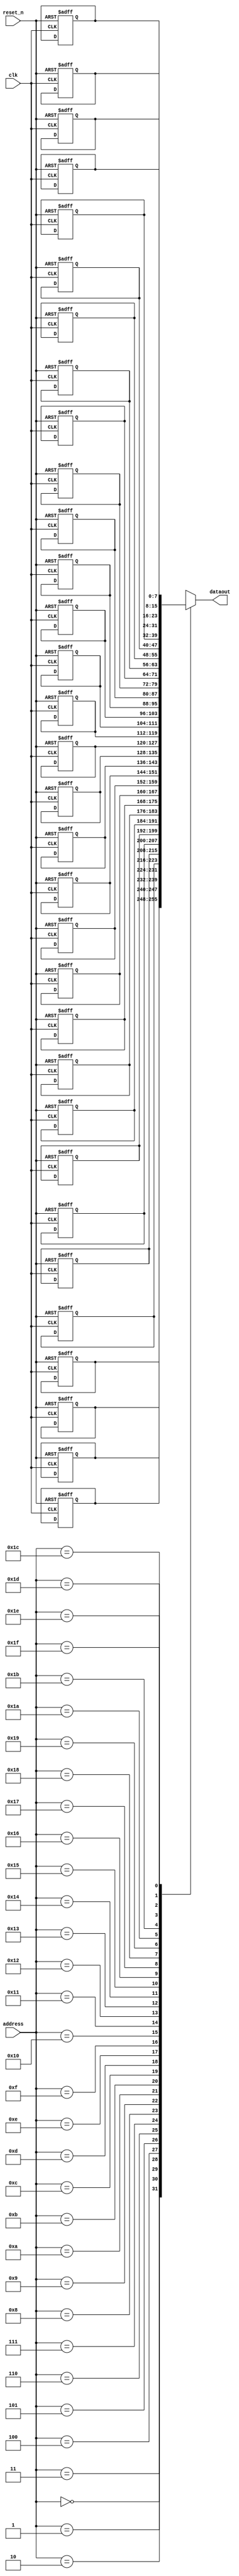
module LookUpTable( 
			clk,
			reset_n,
			address,

			dataout,
);

	input            clk;
	input            reset_n;
	input  [ 4 : 0 ] address;

	output [ 7 : 0 ] dataout;

	reg    [ 7 : 0 ] LUT     [ 0 : 31 ];
	
	always @( posedge clk or negedge reset_n )
	begin
		if( !reset_n )
		begin
			//C
		LUT[ 0 ] <= 8 'd 127;
		LUT[ 1 ] <= 8 'd 152;
		LUT[ 2 ] <= 8 'd 176;
		LUT[ 3 ] <= 8 'd 198;
		LUT[ 4 ] <= 8 'd 217;
		LUT[ 5 ] <= 8 'd 233;
		LUT[ 6 ] <= 8 'd 245;
		LUT[ 7 ] <= 8 'd 252;
		LUT[ 8 ] <= 8 'd 255;
		LUT[ 9 ] <= 8 'd 252;
		LUT[ 10 ] <= 8 'd 245;
		LUT[ 11 ] <= 8 'd 233;
		LUT[ 12 ] <= 8 'd 217;
		LUT[ 13 ] <= 8 'd 198;
		LUT[ 14 ] <= 8 'd 176;
		LUT[ 15 ] <= 8 'd 152;
		LUT[ 16 ] <= 8 'd 127;
		LUT[ 17 ] <= 8 'd 102;
		LUT[ 18 ] <= 8 'd 78;
		LUT[ 19 ] <= 8 'd 56;
		LUT[ 20 ] <= 8 'd 37;
		LUT[ 21 ] <= 8 'd 21;
		LUT[ 22 ] <= 8 'd 9;
		LUT[ 23 ] <= 8 'd 2;
		LUT[ 24 ] <= 8 'd 0;
		LUT[ 25 ] <= 8 'd 2;
		LUT[ 26 ] <= 8 'd 9;
		LUT[ 27 ] <= 8 'd 21;
		LUT[ 28 ] <= 8 'd 37;
		LUT[ 29 ] <= 8 'd 56;
		LUT[ 30 ] <= 8 'd 78;
		LUT[ 31 ] <= 8 'd 102;
		end
	end
	
	assign dataout = LUT[ address ];
	
endmodule